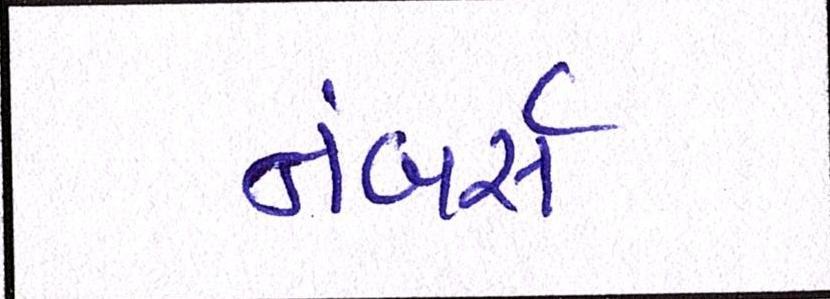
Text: નંબર્સ